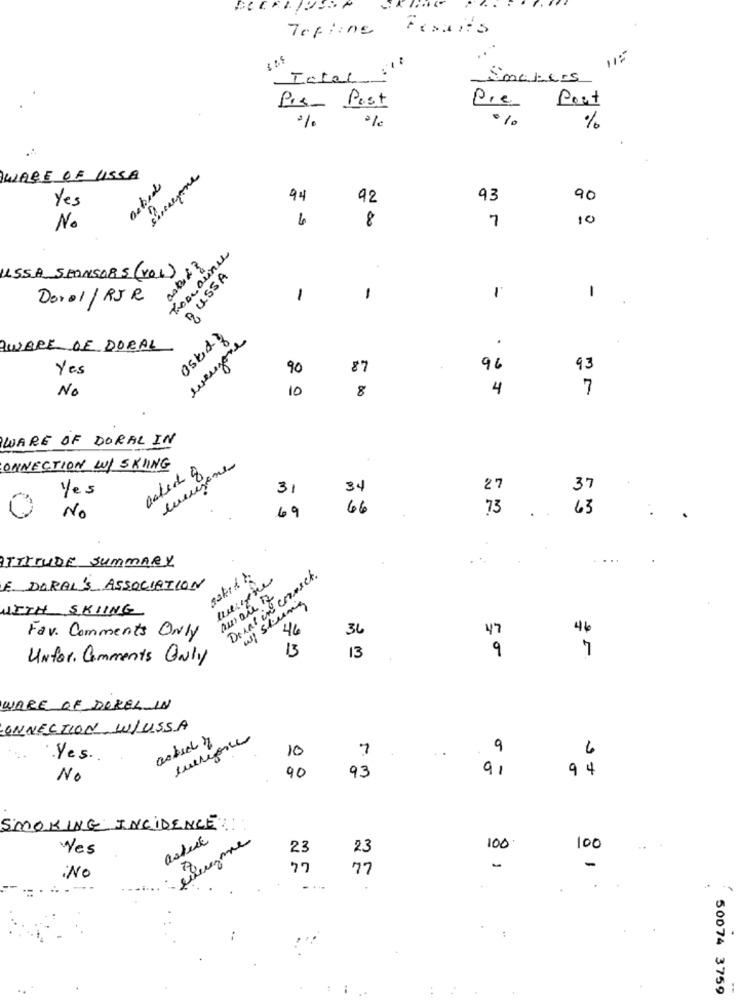
Teffine
Fesais
115
Total
Smokers
Pis- Post
Pre
Post
%
%
%
Sincezone
WARE OF USSA
actindo
Yes
94
92
93
90
8
7
10
No
7 USSA
15SA SPONSORS (VOL)
€1900
Doro1/ RJR
1
1
-
1
merromay
oskids
meuzone
.
AWARE OF DORAL
Yes
90
87
96
93
No
10
8
4
7
WARE OF DORAL IN
Jones
CONNECTION WI SKIING
acked 8
Yes
31
34
27
37
69
66
73
63
No
..
ATTITUDE SUMMARY
Dias in correct.
F. DORAL'S ASSOCIATION
aware 7
WITH SKIING
Fav. Comments Only
36
46
4
47
13
13
9
UNfor Comments Only
WARE OF DOREL IN
CONNECTION W/USSA
asked
7
9
6
.Yes.
10
90
94
No
93
SMOKING INCIDENCE
astuce
Yes
23
100
100
23
77
77
-
:NO
...
50074 3759